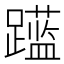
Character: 𲄍